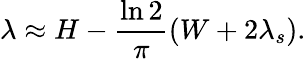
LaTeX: \lambda\approx H-\frac{\ln 2}{\pi}(W+2\lambda_{s}).